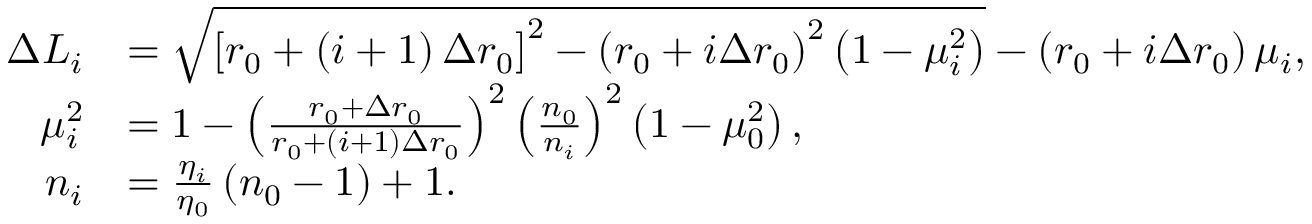
\begin{array} { r l } { \Delta L _ { i } } & { = \sqrt { \left[ r _ { 0 } + \left( i + 1 \right) \Delta r _ { 0 } \right] ^ { 2 } - \left( r _ { 0 } + i \Delta r _ { 0 } \right) ^ { 2 } \left( 1 - \mu _ { i } ^ { 2 } \right) } - \left( r _ { 0 } + i \Delta r _ { 0 } \right) \mu _ { i } , } \\ { \mu _ { i } ^ { 2 } } & { = 1 - \left( \frac { r _ { 0 } + \Delta r _ { 0 } } { r _ { 0 } + \left( i + 1 \right) \Delta r _ { 0 } } \right) ^ { 2 } \left( \frac { n _ { 0 } } { n _ { i } } \right) ^ { 2 } \left( 1 - \mu _ { 0 } ^ { 2 } \right) , } \\ { n _ { i } } & { = \frac { \eta _ { i } } { \eta _ { 0 } } \left( n _ { 0 } - 1 \right) + 1 . } \end{array}